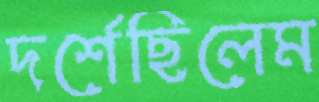
দর্শেছিলেম